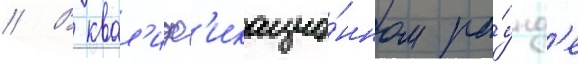
// В квал'иф'икацио́нном ра́унд'е